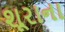
શૂરાના